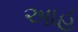
આહ